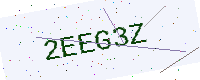
Text: 2EEG3Z